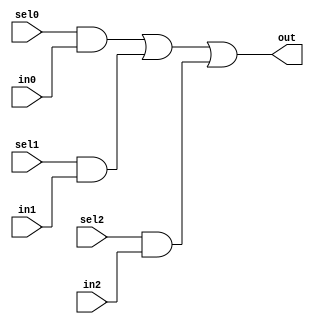
// This program was cloned from: https://github.com/siliconcompiler/lambdalib
// License: MIT License

//#############################################################################
//# Function: 3-Input one-hot mux                                             #
//# Copyright: Lambda Project Authors. All rights Reserved.                   #
//# License:  MIT (see LICENSE file in Lambda repository)                     #
//#############################################################################

module la_dmux3 #(
    parameter PROP = "DEFAULT"
) (
    input  sel0,
    input  sel1,
    input  sel2,
    input  in0,
    input  in1,
    input  in2,
    output out
);

    assign out = (sel0 & in0) | (sel1 & in1) | (sel2 & in2);

endmodule